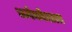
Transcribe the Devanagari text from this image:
धर्मकोशात